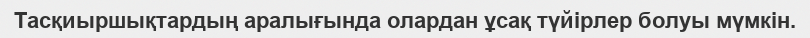
Тасқиыршықтардың аралығында олардан ұсақ түйірлер болуы мүмкін.